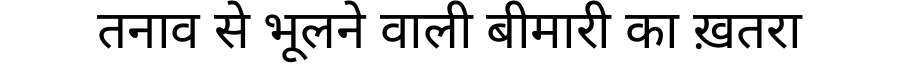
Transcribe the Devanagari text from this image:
तनाव से भूलने वाली बीमारी का ख़तरा